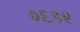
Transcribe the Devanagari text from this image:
०६१९